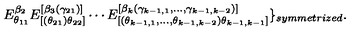
E _ { \theta _ { 1 1 } } ^ { \beta _ { 2 } } E _ { [ ( \theta _ { 2 1 } ) \theta _ { 2 2 } ] } ^ { [ \beta _ { 3 } ( \gamma _ { 2 1 } ) ] } \cdots E _ { [ ( \theta _ { k - 1 , 1 } , \ldots , \theta _ { k - 1 , k - 2 } ) \theta _ { k - 1 , k - 1 } ] } ^ { [ \beta _ { k } ( \gamma _ { k - 1 , 1 } , \ldots , \gamma _ { k - 1 , k - 2 } ) ] } \} _ { s y m m e t r i z e d } .